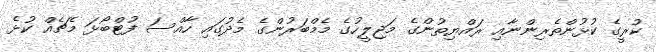
ކުރީގެ ކުޅުންތެރިންނާއި ރައްޔިތުންގެ މަޖިލީހުގެ މެމްބަރުންގެ މެދުގައި ހާއްސަ ފުޓްބޯޅަ މެޗެއް ކުޅެ